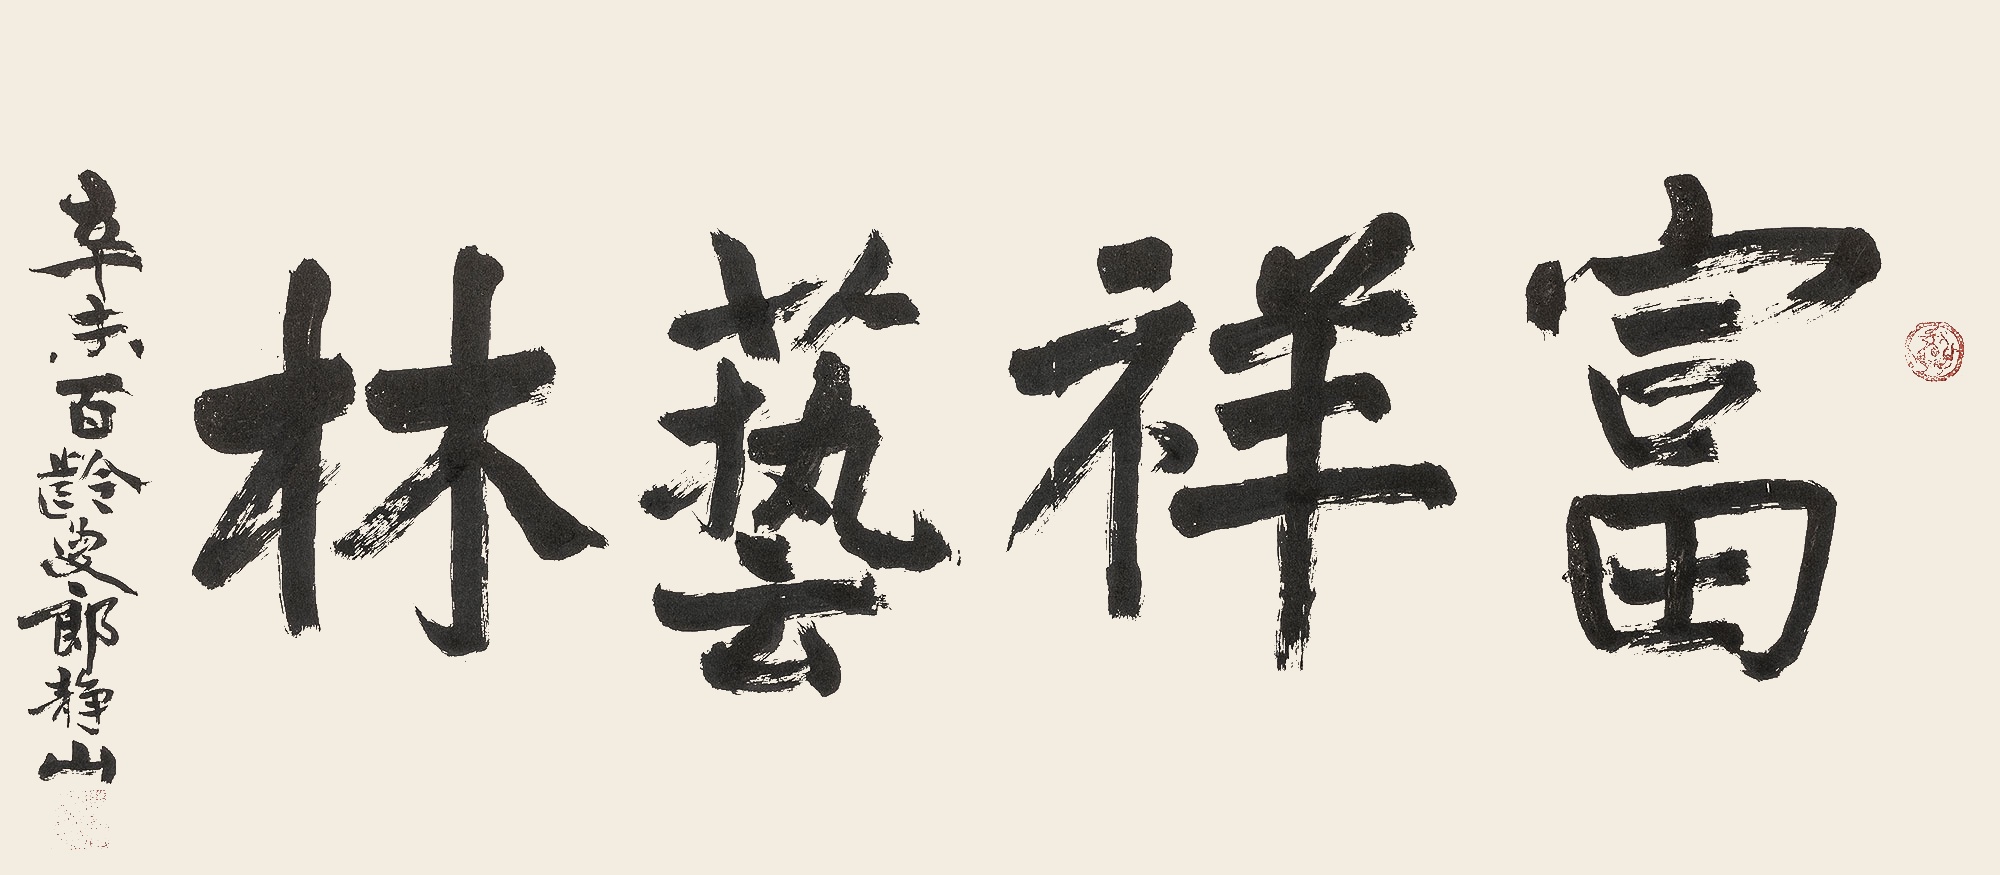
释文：富祥艺林辛未百龄叟郎静山。